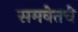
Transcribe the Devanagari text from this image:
समवेतचे